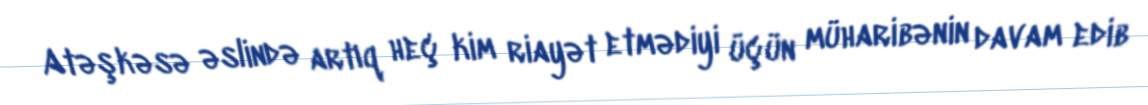
Atəşkəsə əslində artıq heç kim riayət etmədiyi üçün müharibənin davam edib